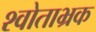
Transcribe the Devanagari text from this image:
श्वोताभ्रक